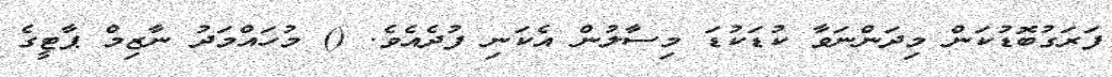
ފަރަގުބޮޑުކަން މިދަންނަވާ ކުޑަކުޑަ މިސާލުން އެކަނި ފުދެއެވެ. () މުހައްމަދު ނާޒިމް ޕާޓީގެ